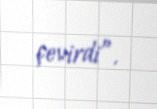
çevirdi”.